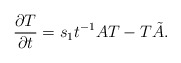
\begin{align*} \frac{\partial T}{\partial t} = s_1 t^{-1} A T - T \tilde{A}. \end{align*}